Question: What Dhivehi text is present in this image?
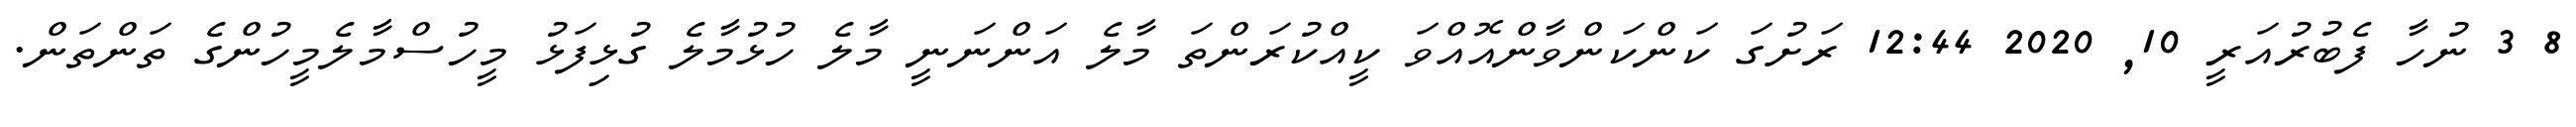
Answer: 8 3 ނުހާ ފެބުރުއަރީ 10, 2020 12:44 ރަށުގަ ކަންކަންވާންއޮއްވަ ކީއްކުރަންތަ މާލެ އަންނަނީ މާލެ ހުޅުމާލެ ގުޅިފަޅު މީހުސްމާލެމީހުންގެ ތަންތަން.